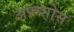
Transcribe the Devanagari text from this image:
अफशोस